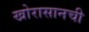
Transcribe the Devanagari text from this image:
खोरासानची